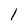
Character: l